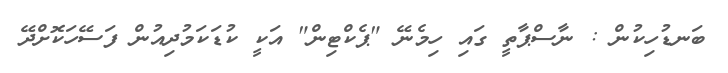
ބަނޑުހިކުން : ނާސްޕާތީ ގައި ހިމެނޭ "ޕެކްޓިން" އަކީ ކުޑަކަމުދިއުން ފަސޭހަކޮށްދޭ